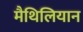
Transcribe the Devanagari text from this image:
मैथिलियान